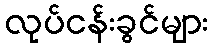
လုပ်ငန်းခွင်များ